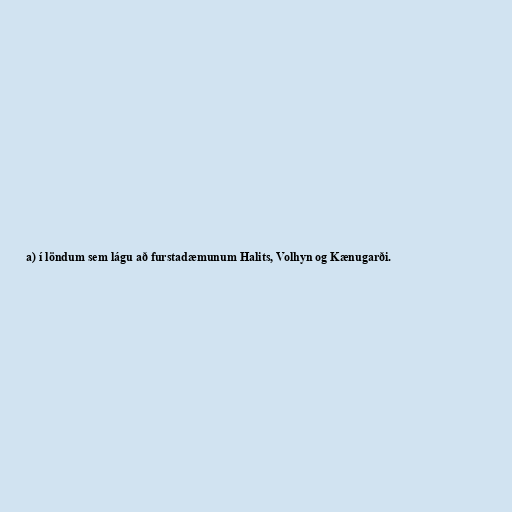
a) í löndum sem lágu að furstadæmunum Halits, Volhyn og Kænugarði.